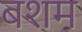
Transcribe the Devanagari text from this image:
बशम